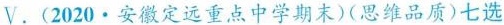
Ⅴ.(2020.安徽定远重点中学期末)(思维品质)七选